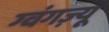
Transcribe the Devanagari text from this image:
ग्वंगज़्यू